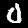
Label: 0